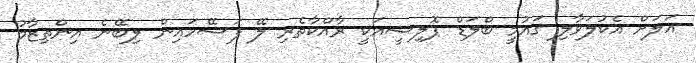
އަލަށް އެކުލަވާލި ޤައުމީ ބްލަޑް ޕޮލިސީއަކީ ރާއްކާތެރި ލޭ ފަސޭހައިން ލިބޭނެ އިންތިޒާމު